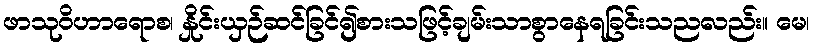
ဖာသုဝိဟာရောစ၊ နှိုင်းယှဉ်ဆင်ခြင်၍စားသဖြင့်ချမ်းသာစွာနေရခြင်းသညလည်း။ မေ၊